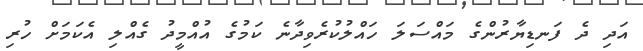
އަދި ދެ ފަނޑިޔާރުންގެ މައްސަލަ ހައްލުކުރެވިދާނެ ކަމުގެ އުއްމީދު ގެއްލި އެކަމަށް ހުރި